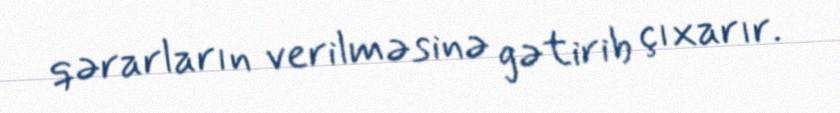
qərarların verilməsinə gətirib çıxarır.